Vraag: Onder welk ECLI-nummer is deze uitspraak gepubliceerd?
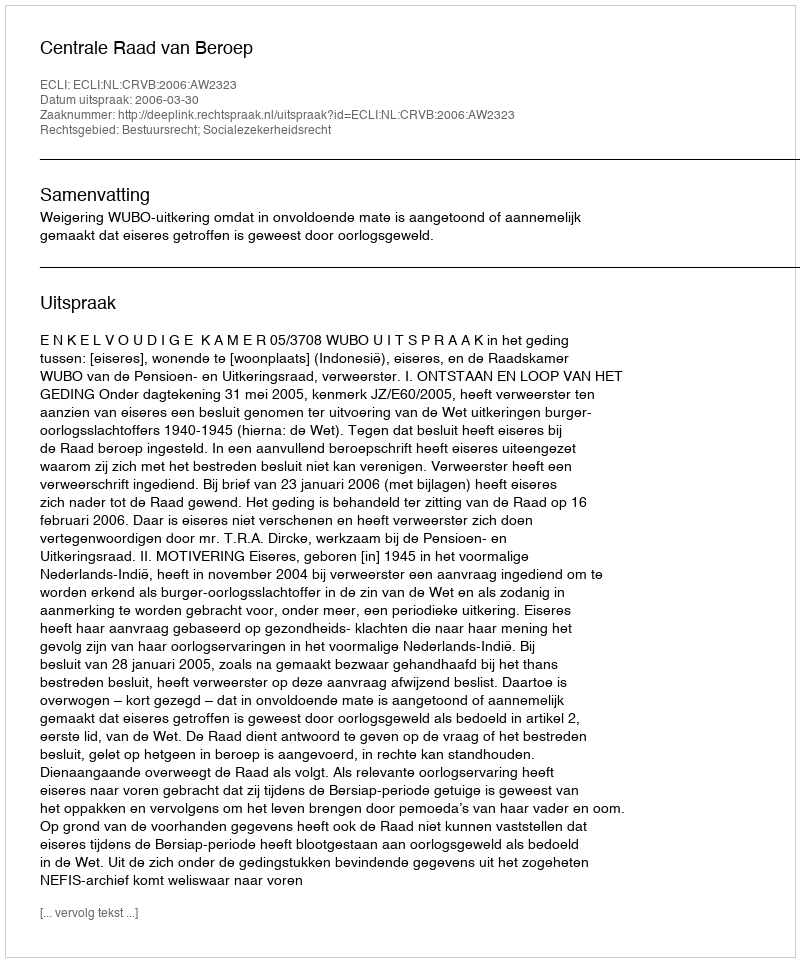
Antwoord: ECLI:NL:CRVB:2006:AW2323